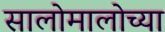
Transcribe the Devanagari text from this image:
सालोमालोच्या